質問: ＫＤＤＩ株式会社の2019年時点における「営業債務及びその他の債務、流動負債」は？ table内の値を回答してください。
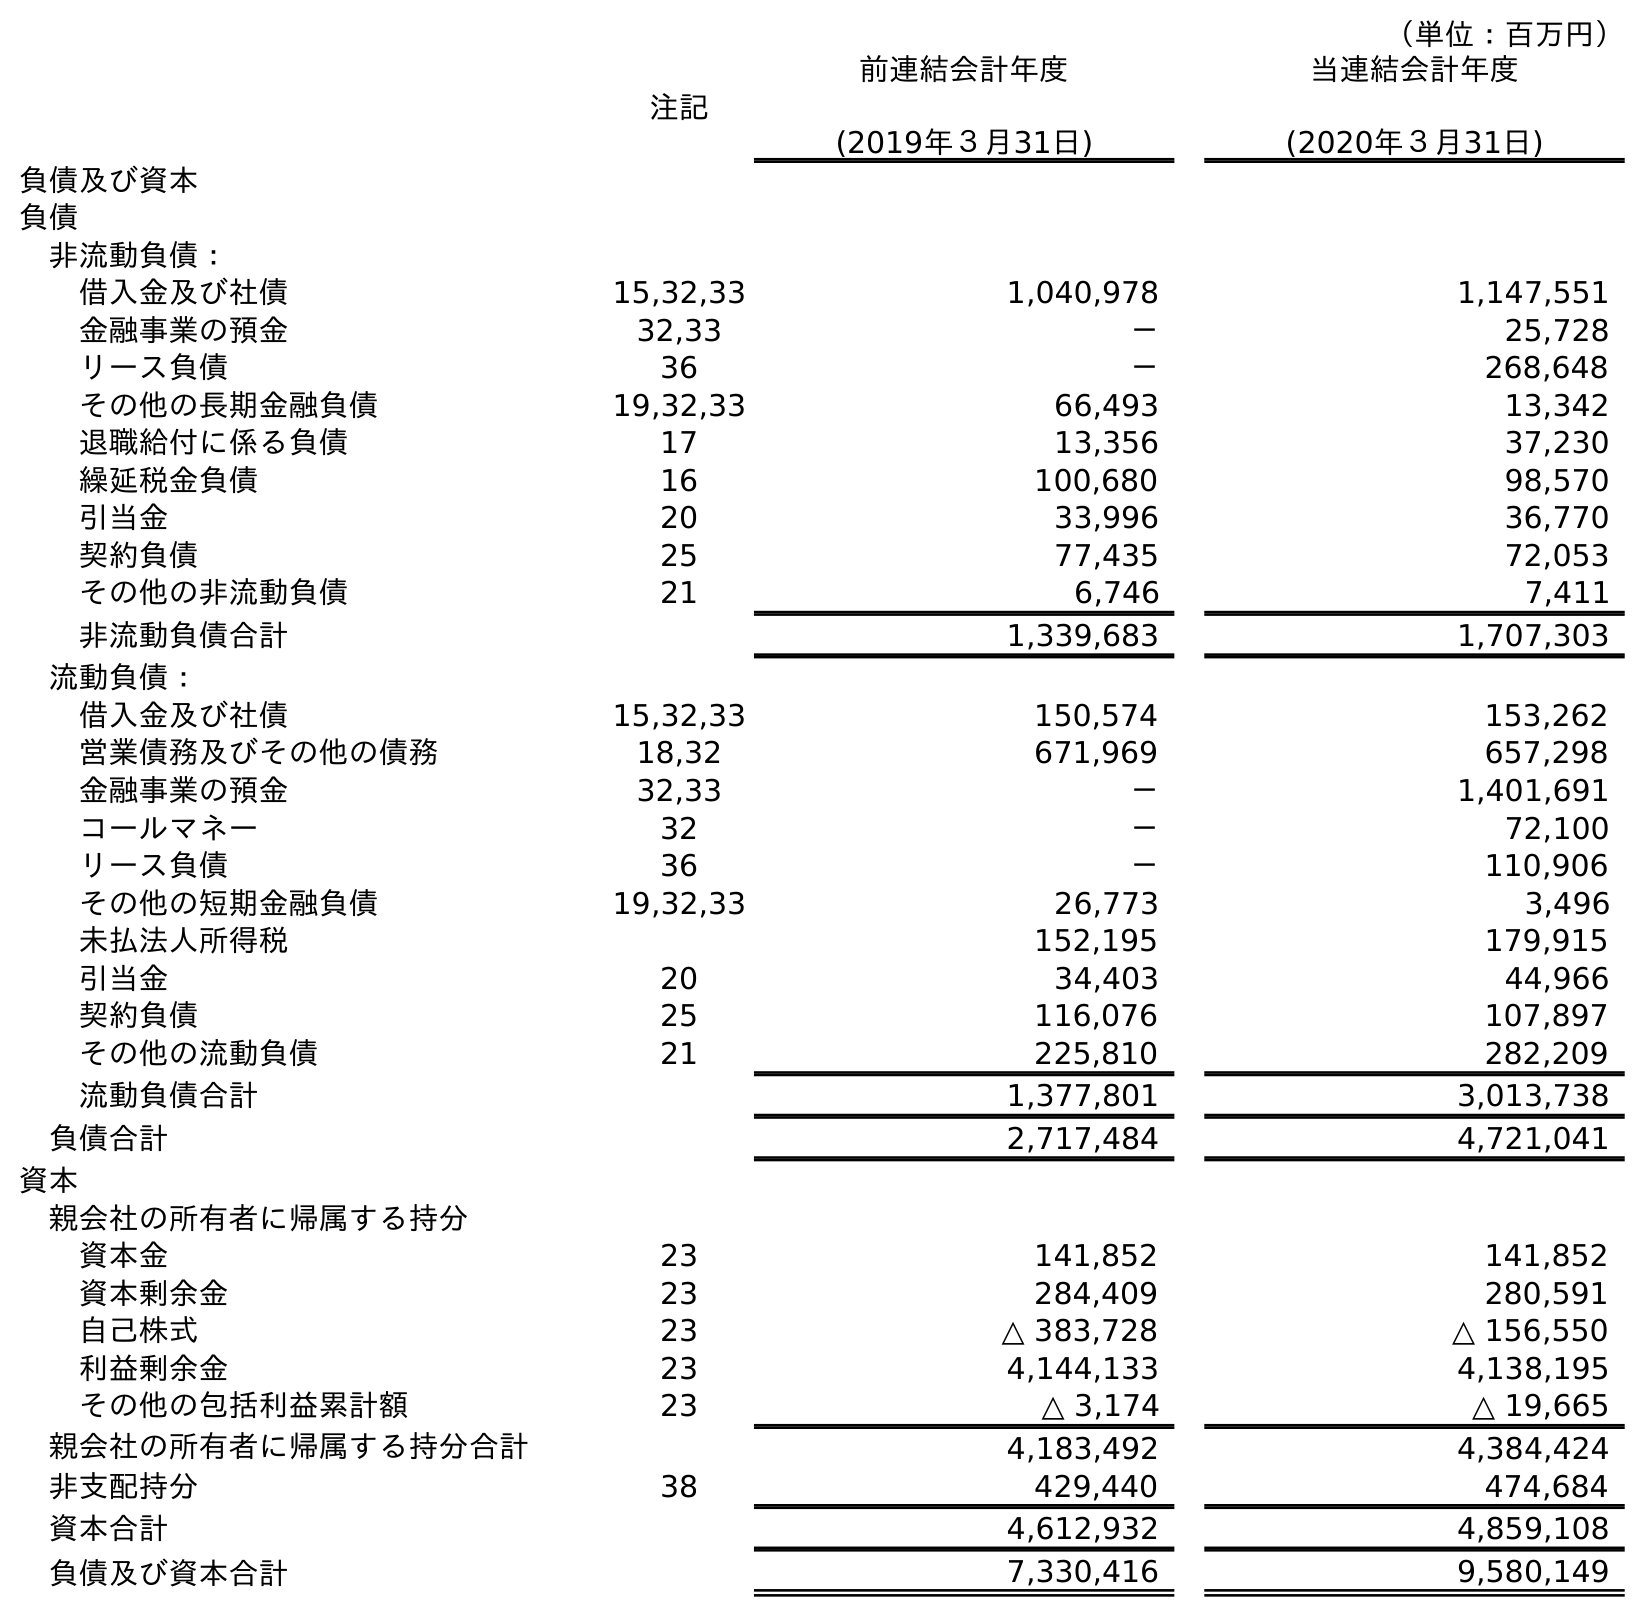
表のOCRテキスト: （単位：百万円） 注記 前連結会計年度 (2019年３月31日) 当連結会計年度 (2020年３月31日) 負債及び資本 負債 非流動負債： 借入金及び社債 15,32,33 1,040,978 1,147,551 金融事業の預金 32,33 － 25,728 リース負債 36 － 268,648 その他の長期金融負債 19,32,33 66,493 13,342 退職給付に係る負債 17 13,356 37,230 繰延税金負債 16 100,680 98,570 引当金 20 33,996 36,770 契約負債 25 77,435 72,053 その他の非流動負債 21 6,746 7,411 非流動負債合計 1,339,683 1,707,303 流動負債： 借入金及び社債 15,32,33 150,574 153,262 営業債務及びその他の債務 18,32 671,969 657,298 金融事業の預金 32,33 － 1,401,691 コールマネー 32 － 72,100 リース負債 36 － 110,906 その他の短期金融負債 19,32,33 26,773 3,496 未払法人所得税 152,195 179,915 引当金 20 34,403 44,966 契約負債 25 116,076 107,897 その他の流動負債 21 225,810 282,209 流動負債合計 1,377,801 3,013,738 負債合計 2,717,484 4,721,041 資本 親会社の所有者に帰属する持分 資本金 23 141,852 141,852 資本剰余金 23 284,409 280,591 自己株式 23 △ 383,728 △ 156,550 利益剰余金 23 4,144,133 4,138,195 その他の包括利益累計額 23 △ 3,174 △ 19,665 親会社の所有者に帰属する持分合計 4,183,492 4,384,424 非支配持分 38 429,440 474,684 資本合計 4,612,932 4,859,108 負債及び資本合計 7,330,416 9,580,149
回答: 671,969